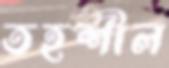
তহশীল